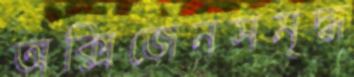
অক্সিজেনসমৃদ্ধ